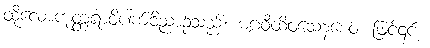
ထိုလောကုတ္တရာဝိပါက်ဝိညာဉ်သည်။ မဂ္ဂဝီထိဝသေနစေဝ၊ ဖြင့်၎င်း။